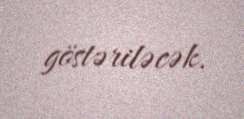
göstəriləcək.